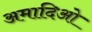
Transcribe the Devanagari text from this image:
अमादिओ